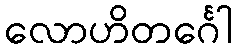
လောဟိတင်္ဂေါ